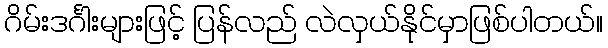
ဂိမ်းဒင်္ဂါးများဖြင့် ပြန်လည် လဲလှယ်နိုင်မှာဖြစ်ပါတယ်။